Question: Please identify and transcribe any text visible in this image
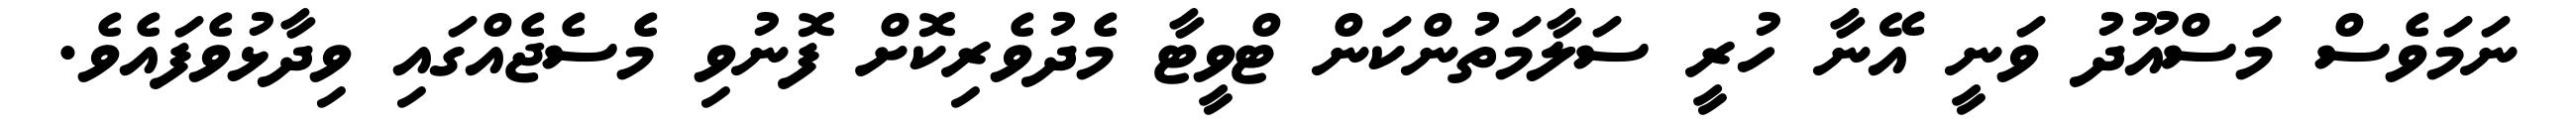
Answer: ނަމަވެސް މަސްއޫދު ވަނީ އޭނާ ހުރީ ސަލާމަތުންކަން ޓްވީޓާ މެދުވެރިކޮށް ފޮނުވި މެސެޖެއްގައި ވިދާޅުވެފައެވެ.